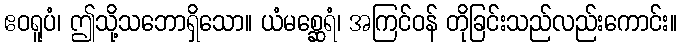
ဧဝရူပံ၊ ဤသို့သဘောရှိသော။ ယံမစ္ဆေရံ၊ အကြင်ဝန် တိုခြင်းသည်လည်းကောင်း။